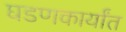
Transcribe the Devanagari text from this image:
घडणकार्यांत